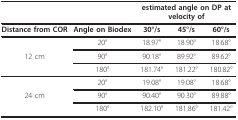
<table><thead><tr><td></td><td></td><td colspan="3"><b>estimated angle on DP at velocity of</b></td></tr></thead><tbody><tr><td><b>Distance from COR</b></td><td><b>Angle on Biodex</b></td><td><b>30°/s</b></td><td><b>45°/s</b></td><td><b>60°/s</b></td></tr><tr><td></td><td>20°</td><td>18.97°</td><td>18.90°</td><td>18.68°</td></tr><tr><td>12 cm</td><td>90°</td><td>90.18°</td><td>89.92°</td><td>89.62°</td></tr><tr><td></td><td>180°</td><td>181.74°</td><td>181.22°</td><td>180.82°</td></tr><tr><td></td><td>20°</td><td>19.08°</td><td>19.08°</td><td>18.68°</td></tr><tr><td>24 cm</td><td>90°</td><td>90.40°</td><td>90.30°</td><td>89.88°</td></tr><tr><td></td><td>180°</td><td>182.10°</td><td>181.86°</td><td>181.42°</td></tr></tbody></table>